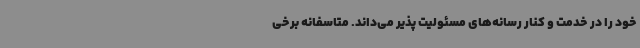
خود را در خدمت و کنار رسانه‌های مسئولیت پذیر می‌داند. متاسفانه برخی